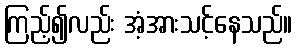
ကြည့်၍လည်း အံ့အားသင့်နေသည်။